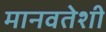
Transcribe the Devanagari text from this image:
मानवतेशी